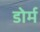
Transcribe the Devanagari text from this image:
डोर्म